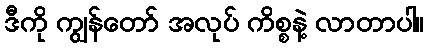
ဒီကို ကျွန်တော် အလုပ် ကိစ္စနဲ့ လာတာပါ။